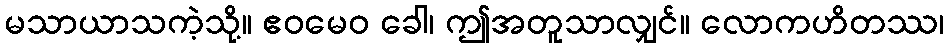
မသာယာသကဲ့သို့။ ဧဝမေဝ ခေါ၊ ဤအတူသာလျှင်။ လောကဟိတဿ၊